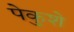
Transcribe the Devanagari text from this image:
पेकुशे